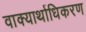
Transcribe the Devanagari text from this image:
वाक्यार्थाधिकरण